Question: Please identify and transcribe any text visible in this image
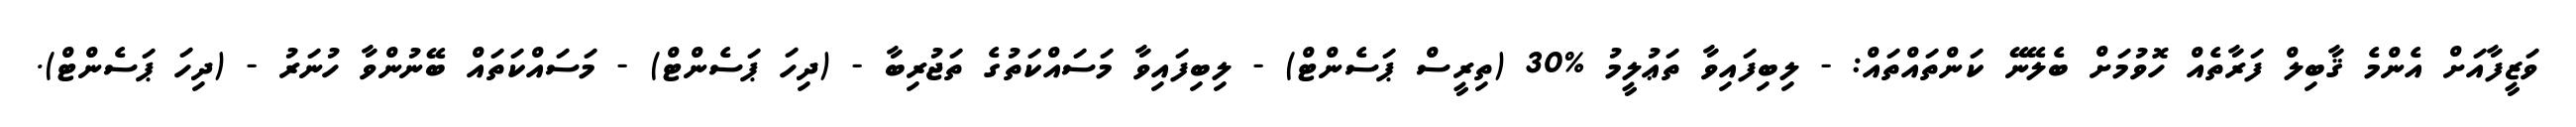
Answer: ވަޒީފާއަށް އެންމެ ޤާބިލް ފަރާތެއް ހޮވުމަށް ބެލޭނޭ ކަންތައްތައް: - ލިބިފައިވާ ތަޢުލީމު %30 (ތިރީސް ޕަސެންޓް) - ލިބިފައިވާ މަސައްކަތުގެ ތަޖުރިބާ - (ދިހަ ޕަސެންޓް) - މަސައްކަތައް ބޭނުންވާ ހުނަރު - (ދިހަ ޕަސެންޓް).